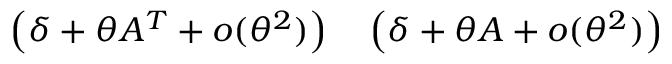
\begin{array} { r l } { \left( \delta + \theta A ^ { T } + o ( \theta ^ { 2 } ) \right) } & { { } \left( \delta + \theta A + o ( \theta ^ { 2 } ) \right) } \end{array}